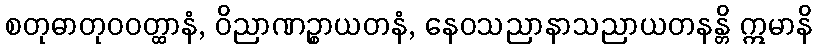
စတုဓာတုဝဝတ္ထာနံ, ဝိညာဏဉ္စာယတနံ, နေဝသညာနာသညာယတနန္တိ ဣမာနိ